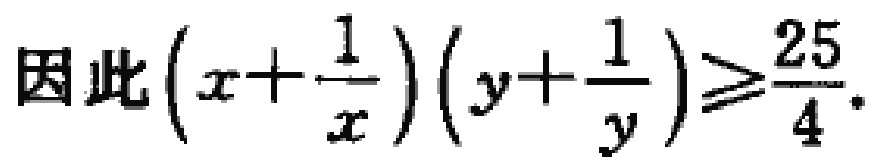
因此\((x+\frac{1}{x})(y+\frac{1}{y})\geq\frac{25}{4}\)。